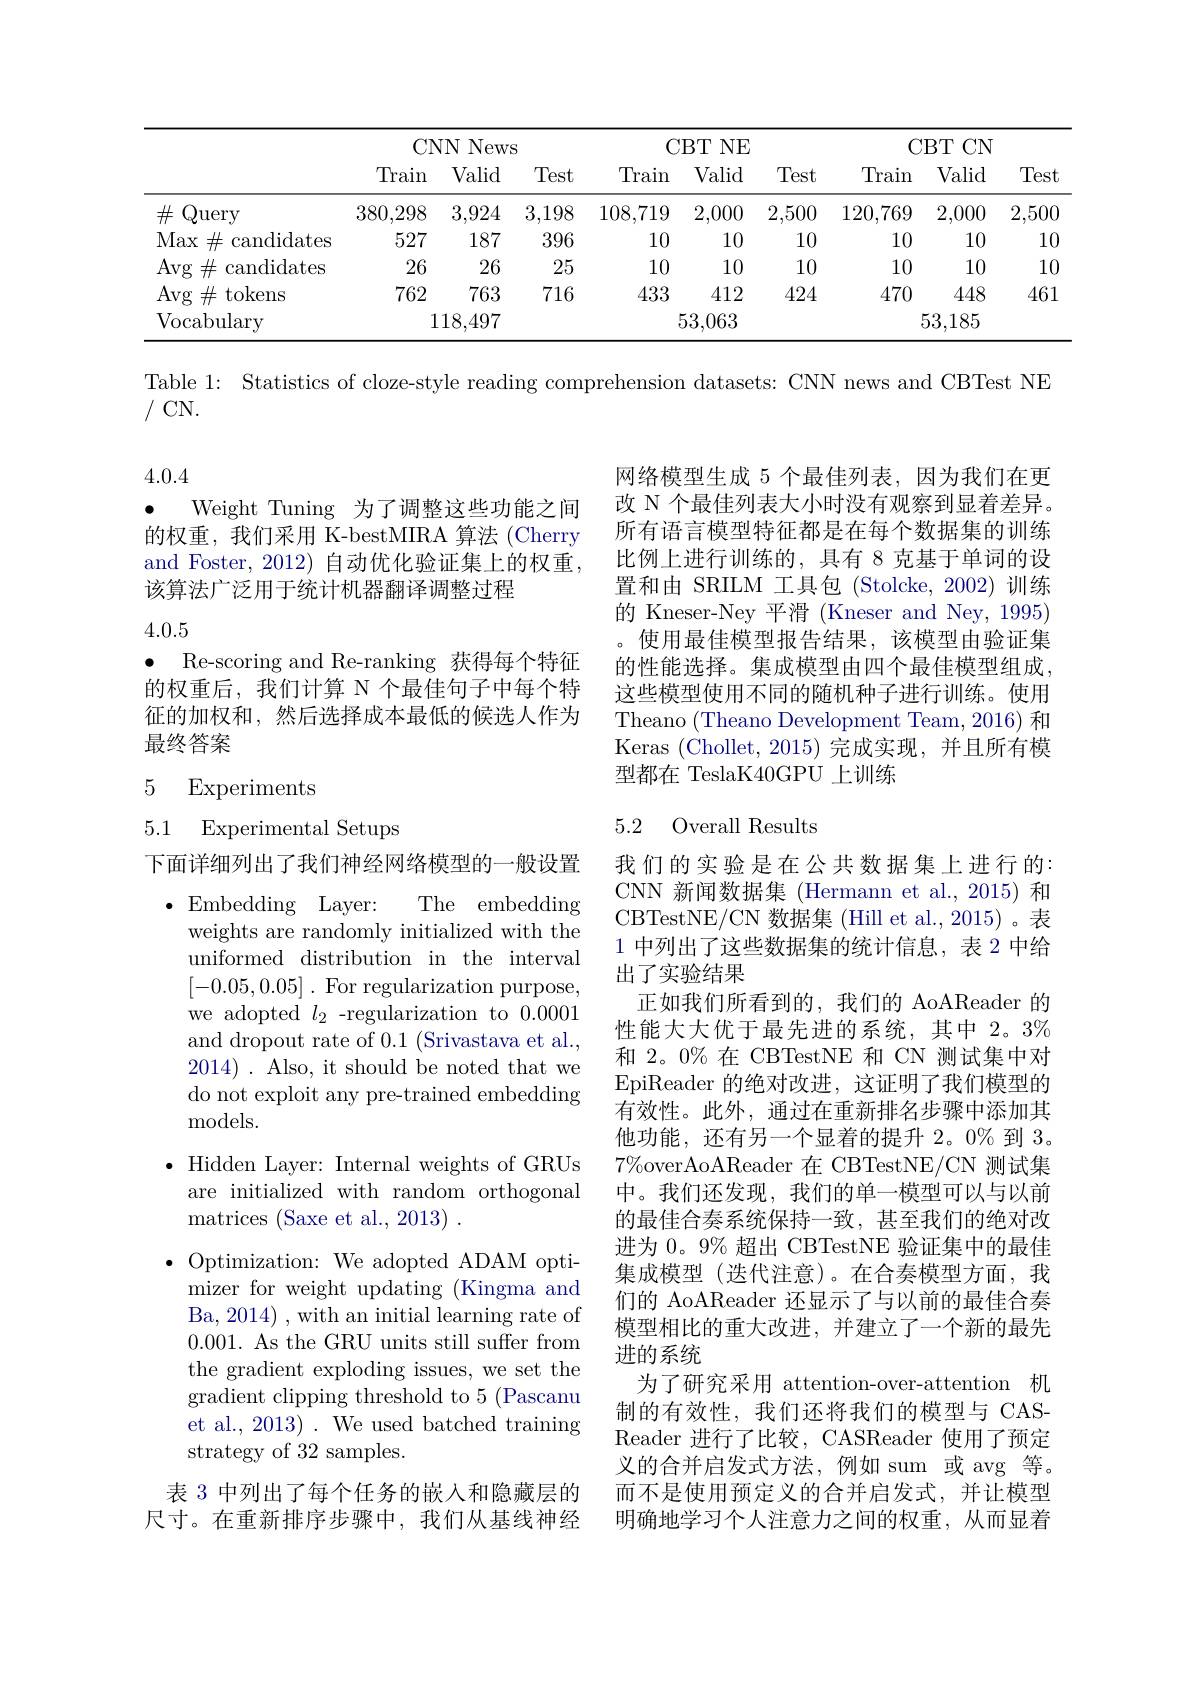
<table>
	<tbody>
		<tr>
			<th> </th>
			<th colspan="3">CNN News</th>
			<th colspan="3">CBT NE</th>
			<th colspan="3">CBTCN</th>
		</tr>
		<tr>
			<th> </th>
			<th>Train</th>
			<th>Valid</th>
			<th>Test</th>
			<th>Train</th>
			<th>Valid</th>
			<th>Test</th>
			<th>Train</th>
			<th>Valid</th>
			<th>Test</th>
		</tr>
		<tr>
			<td>Query $\#$</td>
			<td>380,298</td>
			<td>3,924</td>
			<td>3,198</td>
			<td>108,719</td>
			<td>2,000</td>
			<td>2,500</td>
			<td>120,769</td>
			<td>2,000</td>
			<td>2,500</td>
		</tr>
		<tr>
			<td>Max $\#$ candidates e </td>
			<td>527</td>
			<td>187</td>
			<td>396</td>
			<td>10</td>
			<td>10</td>
			<td>10</td>
			<td>10</td>
			<td>10</td>
			<td>10</td>
		</tr>
		<tr>
			<td>$\operatorname{Avg}\#$ = $\operatorname{candidates}$</td>
			<td>26</td>
			<td>26</td>
			<td>25</td>
			<td>10</td>
			<td>10</td>
			<td>10</td>
			<td>10</td>
			<td>10</td>
			<td>10</td>
		</tr>
		<tr>
			<td>$\operatorname{Avg}\#$ ${\mathrm{tokens}}$</td>
			<td>762</td>
			<td>763</td>
			<td>716</td>
			<td>433</td>
			<td>412</td>
			<td>424</td>
			<td>470</td>
			<td>448</td>
			<td>461</td>
		</tr>
		<tr>
			<td>Vocabulary</td>
			<td colspan="2">118.497</td>
			<td> </td>
			<td> </td>
			<td>53,063</td>
			<td> </td>
			<td colspan="3">53,185</td>
		</tr>
	</tbody>
</table>

Table 1: Statistics of cloze-style reading comprehension datasets: CNN news and CBTest NE
/CN.

4.0.4

Weight Tuning 为了调整这些功能之间的权重，我们采用 K-bestMIRA 算法 (Cherry and Foster, 2012) 自动优化验证集上的权重， 该算法广泛用于统计机器翻译调整过程

网络模型生成 5 个最佳列表，因为我们在更改 N 个最佳列表大小时没有观察到显着差异。所有语言模型特征都是在每个数据集的训练比例上进行训练的，具有 8 克基于单词的设置和由 SRILM 工具包 (Stolcke,2002)训练的 Kneser-Ney 平滑 (Kneser and Ney, 1995) 。使用最佳模型报告结果，该模型由验证集的性能选择。集成模型由四个最佳模型组成， 这些模型使用不同的随机种子进行训练。使用Theano (Theano Development Team, 2016) 和Keras (Chollet,2015)完成实现，并且所有模型都在 TeslaK40GPU 上训练

4.0.5

$\bullet$ Re-scoring and Re-ranking 获得每个特征的权重后，我们计算 N 个最佳句子中每个特征的加权和，然后选择成本最低的候选人作为最终答案

### 5 Experiments

5.1 Experimental Setups

## 5.2 Overall Results

1 中列出了这些数据集的统计信息，表 2 中给
出了实验结果

The embedding
$\bullet$Embedding Layer:
weights are randomly initialized with the uniformed distribution in the interval [-0.05,0.05]. For regularization purpose, we adopted $l_2$ -regularization to 0.0001 and dropout rate of 0.1 (Srivastava et al., 2014) . Also, it should be noted that we do not exploit any pre-trained embedding ${\mathrm{models.}}$

下面详细列出了我们神经网络模型的一般设置$\bullet$ Hidden Layer: Internal weights of GRUs are initialized with random orthogonal ${\mathrm{matrices~(Saxe~et~al.,~2013)~.}}$
$\bullet$ Optimization: We adopted ADAM opti-
mizer for weight updating (Kingma and Ba, 2014) , with an initial learning rate of 0.001. As the GRU units still suffer from the gradient exploding issues, we set the gradient clipping threshold to 5 (Pascanu et al., 2013). We used batched training strategy of 32 samples.
表 3 中列出了每个任务的嵌入和隐藏层的尺寸。在重新排序步骤中，我们从基线神经

我们的实验是在公共数据集上进行的： CNN 新闻数据集 (Hermann et al.,2015) 和CBTestNE/CN 数据集 (Hill et al., 2015)。表
正如我们所看到的，我们的 AoAReader 的性能大大优于最先进的系统，其中 2。3% 和 2。0% 在 CBTestNE 和 CN 测试集中对EpiReader 的绝对改进，这证明了我们模型的有效性。此外，通过在重新排名步骤中添加其他功能，还有另一个显着的提升 2。0% 到 3。$7\%$overAoAReader 在 CBTestNE/CN 测试集中。我们还发现，我们的单一模型可以与以前的最佳合奏系统保持一致，甚至我们的绝对改进为 0。9% 超出 CBTestNE 验证集中的最佳集成模型(迭代注意)。在合奏模型方面，我们的 AoAReader 还显示了与以前的最佳合奏模型相比的重大改进，并建立了一个新的最先进的系统
为了研究采用 attention-over-attention 机制的有效性，我们还将我们的模型与 CASReader 进行了比较，CASReader 使用了预定义的合并启发式方法，例如 sum 或 avg 等。而不是使用预定义的合并启发式，并让模型明确地学习个人注意力之间的权重，从而显着